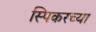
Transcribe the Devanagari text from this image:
स्पिकरच्या